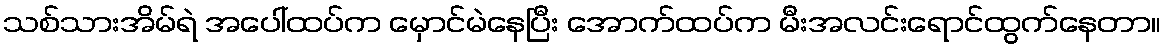
သစ်သားအိမ်ရဲ အပေါ်ထပ်က မှောင်မဲနေပြီး အောက်ထပ်က မီးအလင်းရောင်ထွက်နေတာ။